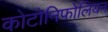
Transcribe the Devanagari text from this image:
कोटोनिफोलियन